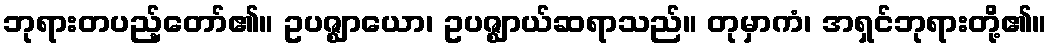
ဘုရားတပည့်တော်၏။ ဥပဇ္ဈာယော၊ ဥပဇ္ဈာယ်ဆရာသည်။ တုမှာကံ၊ အရှင်ဘုရားတို့၏။